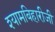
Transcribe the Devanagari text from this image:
श्यामबिहारीजी